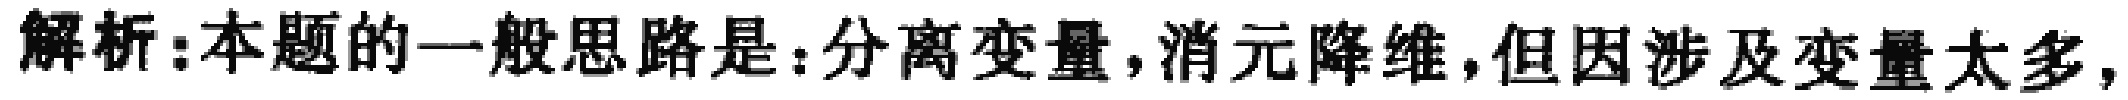
解析:本题的一般思路是:分离变量,消元降维,但因涉及变量太多,